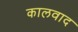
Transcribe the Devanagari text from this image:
कालवाद